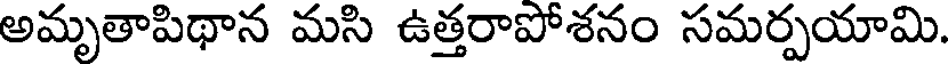
అమృతాపిథాన మసి ఉత్తరాపోశనం సమర్పయామి.